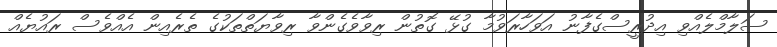
ސަލާމްލެއްވި އިދުރީސްގެފާނު އަވަހާރަވުމާ ގުޅޭ ގޮތުން ރިވާވެގެންވާ ރިވާޔަތްތަކުގެ ތެރެއިން އެއްވެސް ރައުޔެއް